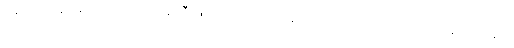
ဖဆပလခေတ်မှာ ပြည်ထဲရေးဝန်ကြီးဖြစ်ခဲ့တဲ့ ဗိုလ်ခင်မောင်ကလေးကလည်း အမျိုးသားကျောင်းမှာ